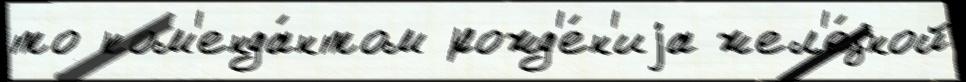
то ком'енда́нтом рожд'е́н'иjа жел'е́зной